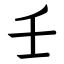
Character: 壬